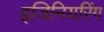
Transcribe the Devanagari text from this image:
इजिनियरिंग